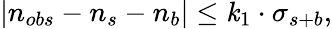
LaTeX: |n_{obs}-n_{s}-n_{b}|\leq\mathit{k}_{1}\cdot\sigma_{s+b},